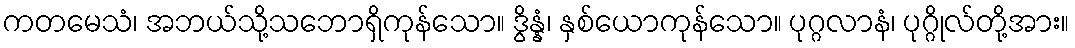
ကတမေသံ၊ အဘယ်သို့သဘောရှိကုန်သော။ ဒွိန္နံ၊ နှစ်ယောကုန်သော။ ပုဂ္ဂလာနံ၊ ပုဂ္ဂိုလ်တို့အား။